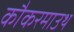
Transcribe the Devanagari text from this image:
कौकरमाउथ